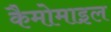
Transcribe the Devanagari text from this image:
कैमोमाइल